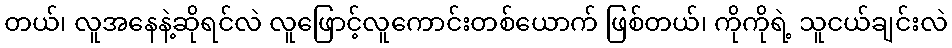
တယ်၊ လူအနေနဲ့ဆိုရင်လဲ လူဖြောင့်လူကောင်းတစ်ယောက် ဖြစ်တယ်၊ ကိုကိုရဲ့ သူငယ်ချင်းလဲ